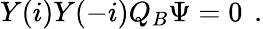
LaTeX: Y(i)Y(-i)Q_{B}\Psi=0\left.\right.\ .